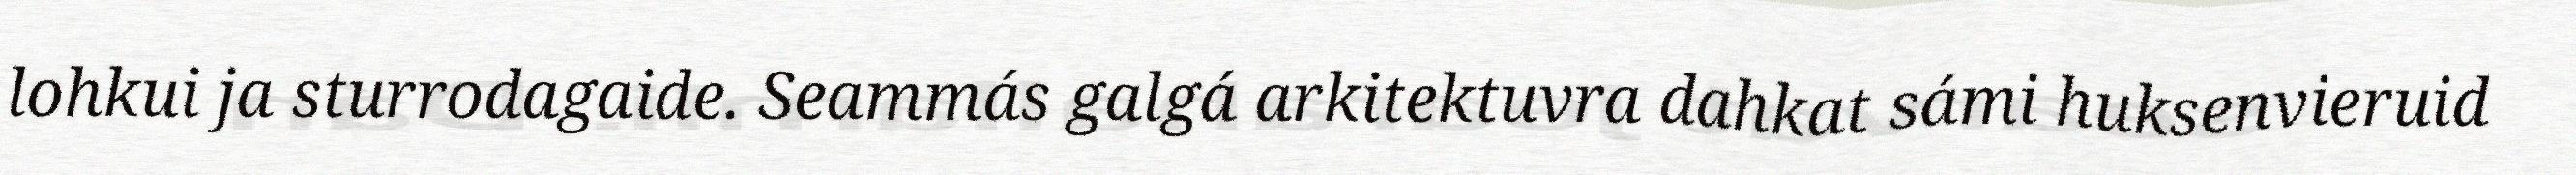
lohkui ja sturrodagaide. Seammás galgá arkitektuvra dahkat sámi huksenvieruid